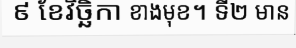
៩ ខែវិច្ឆិកា ខាងមុខ។ ទី២ មាន